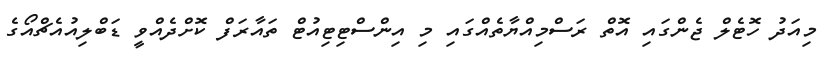
މިއަދު ހޮޓެލް ޖެންގައި އޮތް ރަސްމިއްޔާތެއްގައި މި އިންސްޓިޓިއުޓް ތައާރަފް ކޮށްދެއްވީ ޑަބްލިއުއެޗްއޯގެ